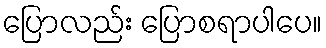
ပြောလည်း ပြောစရာပါပေ။